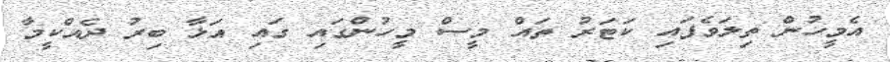
އެމީހުން ތިލަވެފައި ކަޓަރު ތައް މީސް މީހުންގައި ގައި އަޅާ ބިރު ދެއްކީމާ